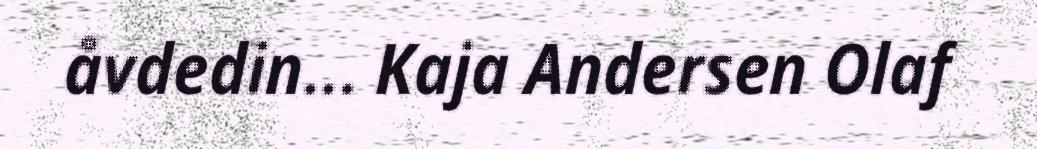
åvdedin... Kaja Andersen Olaf